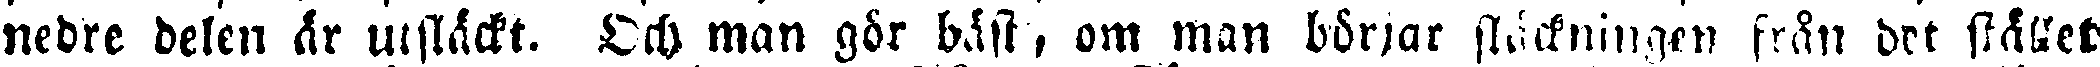
nedre delen är utsläckt. Och man gör bäst, om man börjar släckningen från det stället